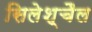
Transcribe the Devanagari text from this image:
सिलेश्चैल